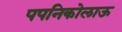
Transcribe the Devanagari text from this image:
पपनिकोलाऊ